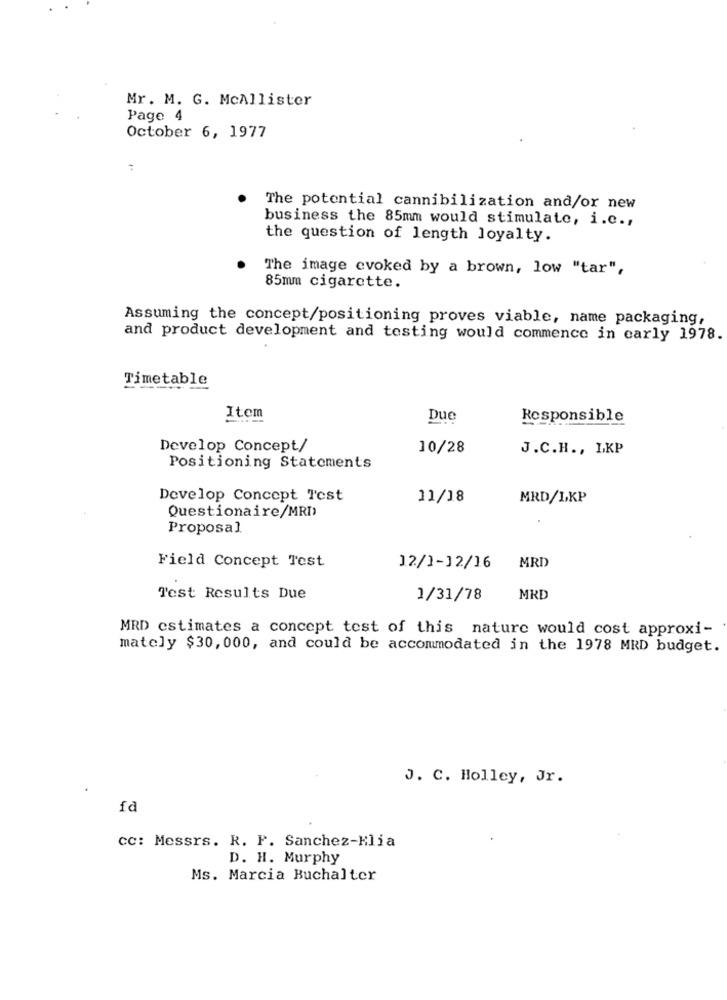
Mr. M. G. McAllister
Page 4
October 6, 1977
:
The potential cannibilization and/or new
business the 85mm would stimulate, i.e .,
the question of length loyalty.
The image evoked by a brown, low "tar",
85mm cigarette.
Assuming the concept/positioning proves viable, name packaging,
and product development and testing would commence in early 1978.
Timetable
----
Item
Due
Responsible
Develop Concept/
10/28
J.C.H ., LKP
Positioning Statements
Develop Concept Test
11/18
MRD/LKP
Questionaire/MRD
Proposal
MRD
Field Concept Test
12/1-12/16
Test Results Due
1/31/78
MRD
MRD estimates a concept test of this nature would cost approxi-
mately $30, 000, and could be accommodated in the 1978 MRD budget.
J. C. Holley, Jr.
CC: Messrs. R. P. Sanchez-Klia
D. H. Murphy
Ms. Marcia Buchalter